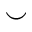
\smile